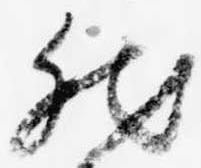
然